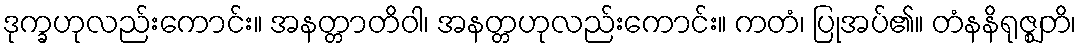
ဒုက္ခဟုလည်းကောင်း။ အနတ္တာတိဝါ၊ အနတ္တဟုလည်းကောင်း။ ကတံ၊ ပြုအပ်၏။ တံနနိရုဇ္ဈတိ၊